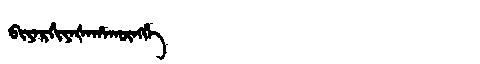
Manchu: ᠪᡳᠶᠠᡵᡤᡳᠶᠠᡧᠠᡥᠠᡴᡡᠩᡤᡝ
Romanization: BIYARGIYAŠAHAKŪNGGE